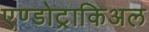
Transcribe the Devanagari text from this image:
एण्डोट्राकिअल